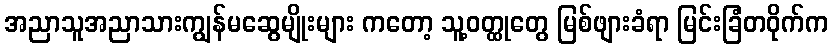
အညာသူအညာသားကျွန်မဆွေမျိုးများ ကတော့ သူ့ဝတ္ထုတွေ မြစ်ဖျားခံရာ မြင်းခြံတဝိုက်က